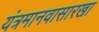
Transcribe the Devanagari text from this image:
यंत्रमानवासारखा